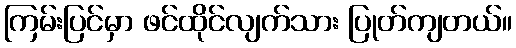
ကြမ်းပြင်မှာ ဖင်ထိုင်လျက်သား ပြုတ်ကျတယ်။